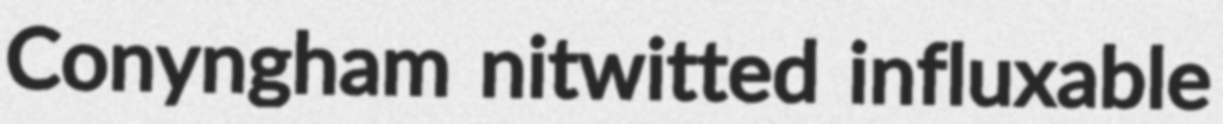
Conyngham nitwitted influxable